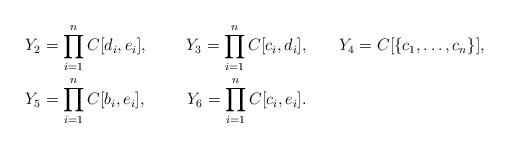
LaTeX: \begin{align*}& Y_2 = \prod_{i = 1}^n C[d_i, e_i],& Y_3 = \prod_{i = 1}^n C[c_i, d_i], \qquad& Y_4 = C[\{c_1, \ldots, c_n\}], \\& Y_5 = \prod_{i = 1}^n C[b_i, e_i],& Y_6 = \prod_{i = 1}^n C[c_i, e_i]. \qquad&\end{align*}